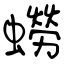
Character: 蟧